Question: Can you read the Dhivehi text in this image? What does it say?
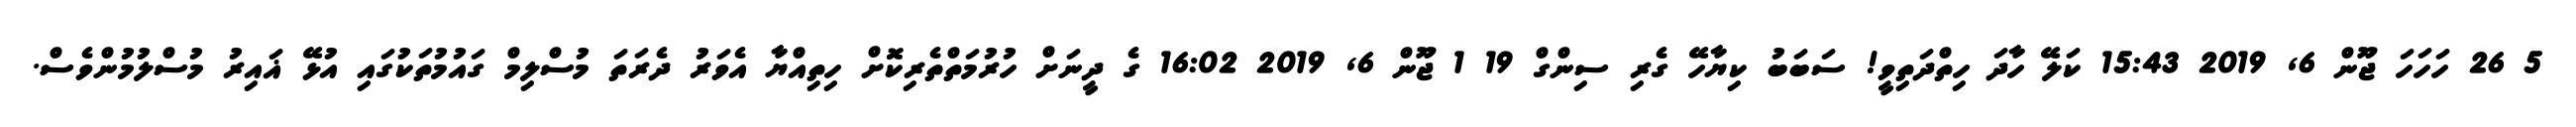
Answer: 5 26 ހަހަހަ ޖޫން 6, 2019 15:43 ކަލޭ ހާދަ ހިތްދަތިވީ! ސަބަބު ކިޔާހޭ ގެރި ސިންގް 19 1 ޖޫން 6, 2019 16:02 ގެ ދީނަށް ހުރުމަތްތެރިކޮށް ހިތިއްޔާ އެވަރު ދެރަތަ މުސްލިމް ގައުމުތަކުގައި އުޅޭ ޣައިރު މުސްލުމުންވެސް.